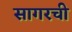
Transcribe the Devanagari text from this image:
सागरची